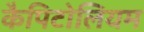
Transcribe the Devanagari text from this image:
कैपिटोलियम